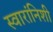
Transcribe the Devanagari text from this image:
स्वारांनिशी